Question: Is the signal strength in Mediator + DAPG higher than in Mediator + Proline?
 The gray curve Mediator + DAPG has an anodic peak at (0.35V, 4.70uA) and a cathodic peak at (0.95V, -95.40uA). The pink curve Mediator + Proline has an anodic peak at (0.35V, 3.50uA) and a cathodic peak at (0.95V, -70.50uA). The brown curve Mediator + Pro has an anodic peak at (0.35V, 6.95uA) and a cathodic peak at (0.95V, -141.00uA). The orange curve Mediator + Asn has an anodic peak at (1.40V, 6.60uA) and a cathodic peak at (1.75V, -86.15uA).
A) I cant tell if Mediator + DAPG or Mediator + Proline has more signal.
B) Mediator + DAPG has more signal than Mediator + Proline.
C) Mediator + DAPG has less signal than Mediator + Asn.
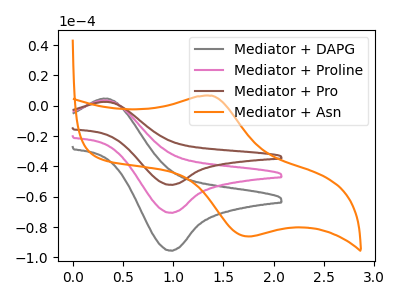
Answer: <think>All the peaks in "Mediator + DAPG" have a peak in "Mediator + Proline" at the same potential. Every peak in "Mediator + DAPG" is higher than every peak in "Mediator + Proline".
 </think>
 <answer>B) "Mediator + DAPG" has more signal than "Mediator + Proline".</answer>
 <eval>B</eval>